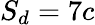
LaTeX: S_{d}=7c